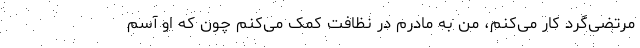
مرتضی‌گرد کار می‌کنم، من به مادرم در نظافت کمک می‌کنم چون که او آسم